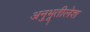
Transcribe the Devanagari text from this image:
अनुभूतीलेश